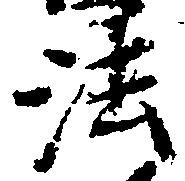
法